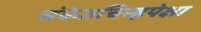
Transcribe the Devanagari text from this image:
संकेतचिन्हपेक्षा